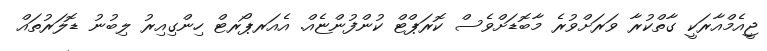
ޖީއެމްއާރަކީ ގާތްކުރާ ވަރަށްވުރެ މާބޮޑަށްވެސް ކޮރަޕްޓް ކުންފުންޏެއް. އެއަރޕޯރޓް ހިންގިއިރު ލިބުނު ޑޮލަރުތައް